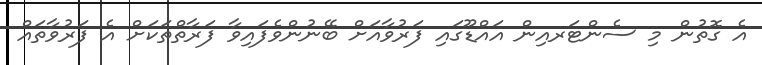
އެ ގޮތުން މި ސެންޓަރއިން އައްޑޫގައި ފަރުވާއަށް ބޭނުންވެފައިވާ ފަރާތްތަކަށް އެ ފަރުވާތައް